Report on vaccination in Madras 1904-1921 - 1904-1921
Year: 1904
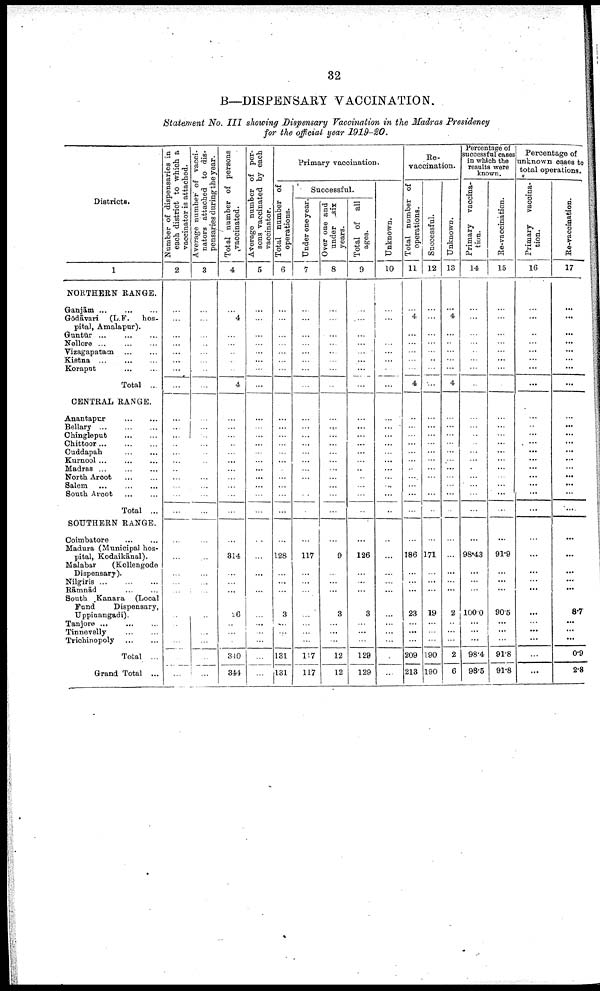
32
B—DISPENSARY VACCINATION.
Statement No. III showing Dispensary Vaccination in the Madras Presidency
for the official year 1919-20.
Districts.
1
NORTHERN RANGE.
Ganjām... ... ...
Gōdāvari (L.F. hos
pital, Amalapur).
Guntūr.... ... ...
Nellore...
...
...
Vizagapatam... ...
Kistna...
...
...
Koraput...
...
Total ...
CENTRAL RANGE.
Anantapur...
...
...
Bellary... ... ...
Chingleput... ... ...
Chittoor... ... ...
Cuddapah...
...
...
Kurnool...
...
...
Madras...
...
...
North Arcot... ... ...
Salem...
...
...
South Arcot... ...
Total ...
SOUTHERN RANGE.
Coimbatore... ... ...
Madura (Municipal hos
pital, Kodaikānal).
Malabar
(Kollengode
Dispensary).
Nilgiris ...
...
...
Rāmnād... ... ...
South Kanara (Local
Fund
Dispensary,
Uppinangadi).
Tanjore...
...
...
Tinnevelly...
...
...
Trichinopoly... ... ...
Total...
Grand Total ...
Number of dispensaries in
each district to which a
vaccinator is attached.
2
...
...
...
...
...
...
...
...
...
...
...
...
...
...
...
...
...
...
...
...
...
...
...
...
...
...
...
...
...
...
...
Average number of vacci-
nators attached to dis
pensaries during the year.
3
...
...
...
...
...
...
...
...
...
...
...
...
...
...
...
...
...
...
...
...
...
...
...
...
...
...
...
...
...
...
...
Total number of persons
vaccinated.
4
...
4
...
...
...
...
...
4
...
...
...
...
...
...
...
...
...
...
...
...
...
314
...
...
...
26
...
...
...
3.10
344
Average number of per
sons vaccinated by each
vaccinator.
5
...
...
...
...
...
...
...
...
...
...
...
...
...
...
...
...
...
...
...
...
...
...
...
...
...
...
...
...
...
...
...
Primary vaccination.
Total number of
operations.
6
...
...
...
...
...
...
...
...
...
...
...
...
...
...
...
...
...
...
...
...
...
128
...
...
...
3
...
...
...
131
131
Successful.
Under one year.
7
...
...
...
...
...
...
...
...
...
...
...
...
...
...
...
...
...
...
...
...
...
117
...
...
...
...
...
...
...
117
117
Over one and
under six
years.
8
...
...
...
...
...
...
...
...
...
...
...
...
...
...
...
...
...
...
...
...
...
9
...
...
...
3
...
...
...
12
12
Total of all
ages.
9
...
...
...
...
...
...
...
...
...
...
...
...
...
...
...
...
...
...
...
...
...
126
...
...
...
3
...
...
...
129
129
Unknown.
10
...
...
...
...
...
...
...
...
...
...
...
...
...
...
...
...
...
...
...
...
...
...
...
...
...
...
...
...
...
...
...
Re-
vaccination.
Total number of
operations.
11
...
4
...
...
...
...
...
4
...
...
...
...
...
...
...
...
...
...
...
...
...
186
...
...
...
23
...
...
...
209
213
Successful.
12
...
...
...
...
...
...
...
...
...
...
...
...
...
...
...
...
...
...
...
...
...
171
...
...
...
19
...
...
...
190
190
Unknown.
13
...
4
...
...
...
...
...
4
...
...
...
...
...
...
...
...
...
...
...
...
...
...
...
...
...
2
...
...
...
2
6
Percentage of
successful cases
in which the
results were
known.
Primary vaccina
tion.
14
...
...
...
...
...
...
...
...
...
...
...
...
...
...
...
...
...
...
...
...
...
98.43
...
...
...
100.0
...
...
...
98.4
98.5
Re-vaccination.
15
...
...
...
...
...
...
...
...
...
...
...
...
...
...
...
...
...
...
...
...
...
91.9
...
...
...
90.5
...
...
...
91.8
91.8
Percentage of
unknown cases to
total operations.
Primary vaccina-
tion.
16
...
...
...
...
...
...
...
...
...
...
...
...
...
...
...
...
...
...
...
...
...
...
...
...
...
...
...
...
...
...
...
Re-vaccination.
17
...
...
...
...
...
...
...
...
...
...
...
...
...
...
...
...
...
...
...
...
...
...
...
...
...
8.7
...
...
...
0.9
2.8